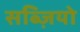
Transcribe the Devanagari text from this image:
सब्ज़ियो